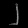
Digit: ၂